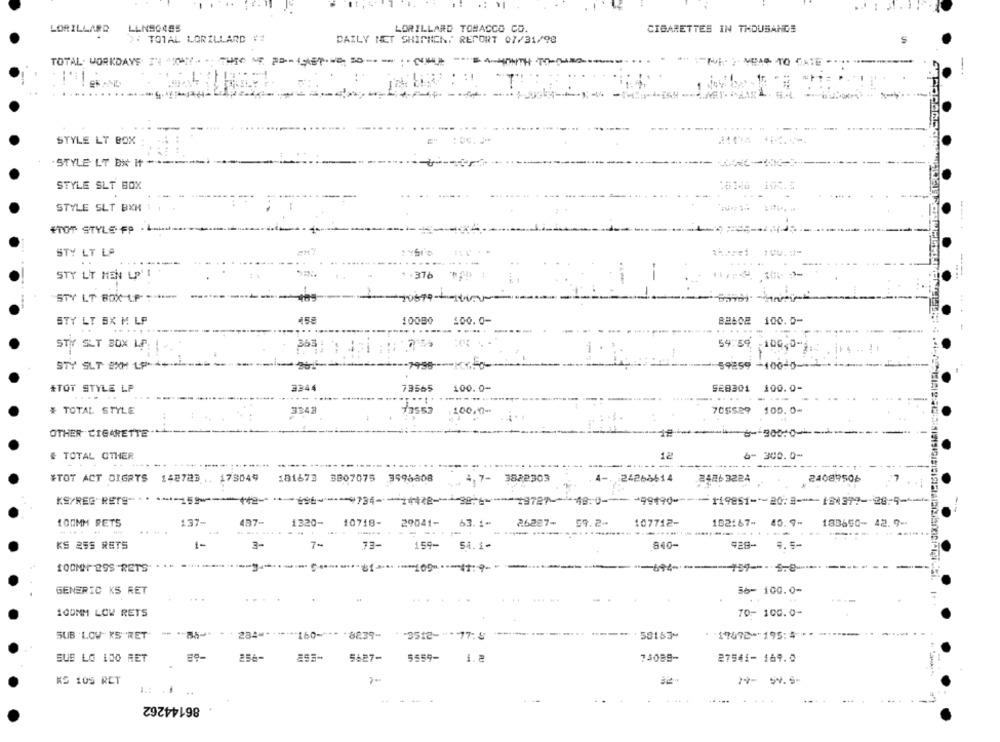
LORILLARD
LLN90485
LORILLARD TOBACCO CO.
CIBARETTES IN THOUSANDS
>: TOTAL LORILLARD ##
DAILY NET SHIPHCN: REPORT 07/31/98
TOTAL. WORKDAYS INN - THE - ------
"WE. " MAS TO DATE
T
-
STYLE LT BOX
STYLE LT BK It -
STYLE SLT BOX
STYLE SLT BKM 1
+TOT STYLE FP . L-
STY LT LA
1 .376
STY LT HEN LP'!
--
STY LT BOX LF :
STY LT EX M LP
10000
BBLCE 100.0-
100.0-
STY SLT BOX LP
363
54.59
-100,0-1
.. !
STY SLT EXM LP-4+
59259 -100-0-
*TOT STYLE LP
3344
73565
100.0-
SE8301 100.0-
...
.....
....
# TOTAL STYLE
3343
100,0-
705529 100.0-
OTHER CIGARETTE
# TOTAL OTHER
12
6- 300.0-
#TOT ACT DIGRTS 148723 ... 173049
181673 3807075 3596808
7- 3822303
24268614
24863224
24089506
KS/REGRETS -***- 159-
*99490 ---- 119851 -*- 20:3-181377 -- 28-5-6
100MM RETS
137-
437-
1320- 10718- 29041-
63. 1"
1.1-
26287-
59.2
107712-
102167-
40.9-
183650- 42.9-
....
KS 255 RETS
3-
73-
159-
51.1-
840-
428-
9.5-
100MM 25S-RETS
GENERIC KS RET
36- 100.0-
......
100MM LOW RETS
70- 100.0-
SUB LOV KS"RET
234 =****
"160-""" "8239-
"3512-
17:5
58183-
17072-195:4
SUB LO 100 RET
256-
257-
5427-
5559-
1. 2
75089-
27541- 169.0
KS 105 RET
79- 5V.5-
.....
86144262
-- --